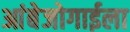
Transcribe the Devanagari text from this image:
आंबेजोगाईला